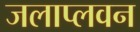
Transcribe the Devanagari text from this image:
जलाप्लवन